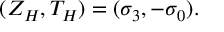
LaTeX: ( Z _ { H } , T _ { H } ) = ( \sigma _ { 3 } , - \sigma _ { 0 } ) .